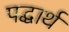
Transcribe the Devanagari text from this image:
पद्धार्थ